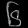
Digit: ၆